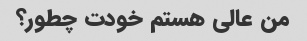
من عالی هستم خودت چطور؟